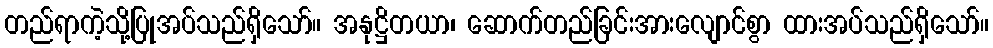
တည်ရာကဲ့သို့ပြုအပ်သည်ရှိသော်။ အနုဋ္ဌိတယာ၊ ဆောက်တည်ခြင်းအားလျောင်စွာ ထားအပ်သည်ရှိသော်။